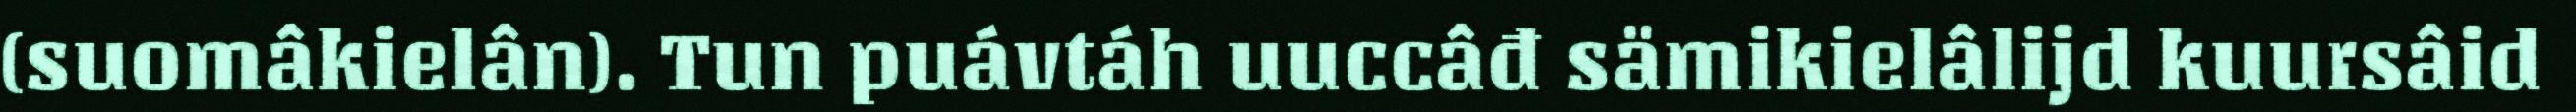
(suomâkielân). Tun puávtáh uuccâđ sämikielâlijd kuursâid